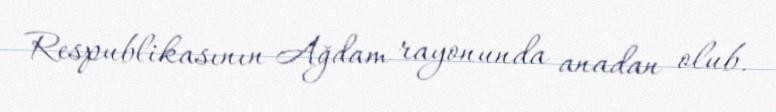
Respublikasının Ağdam rayonunda anadan olub.